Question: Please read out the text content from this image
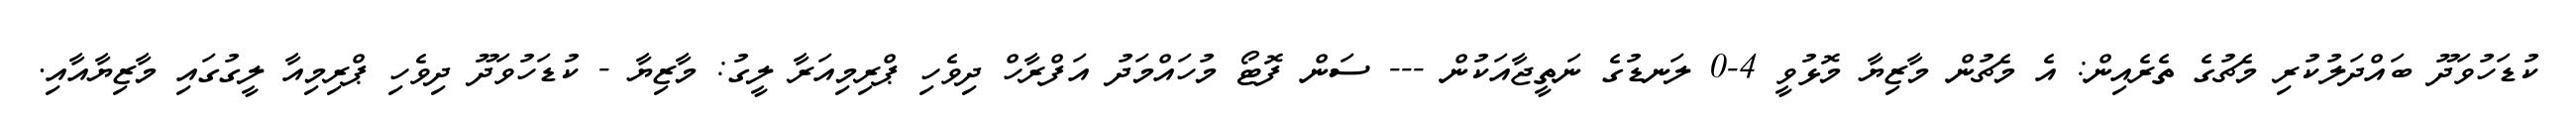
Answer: ކުޑަހުވަދޫ ބައްދަލުކުރި މެޗުގެ ތެރެއިން: އެ މެޗުން މާޒިޔާ މޮޅުވީ 4-0 ލަނޑުގެ ނަތީޖާއަކުން --- ސަން ފޮޓޯ މުހައްމަދު އަފްރާހް ދިވެހި ޕްރިމިއަރާ ލީގު: މާޒިޔާ - ކުޑަހުވަދޫ ދިވެހި ޕްރިމިއާ ލީގުގައި މާޒިޔާއާއި.